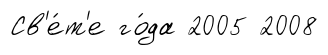
Св'е́т'е го́да 2005 2008